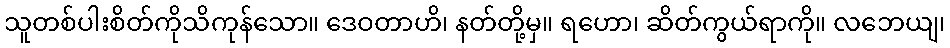
သူတစ်ပါးစိတ်ကိုသိကုန်သော။ ဒေဝတာဟိ၊ နတ်တို့မှ။ ရဟော၊ ဆိတ်ကွယ်ရာကို။ လဘေယျ၊